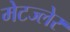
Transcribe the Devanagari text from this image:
मेटज्लेर